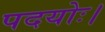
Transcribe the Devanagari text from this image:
पदयोः।